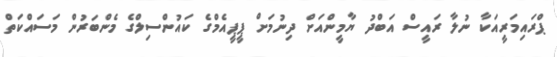
ޕްރައިމަރީއަކާ ނުލާ ރައީސް އަބްދު ޔާމީންއަށް ދިނުމަށް ޕީޕީއެމްގެ ކައުންސިލްގެ މެންބަރުން މަސައްކަތް